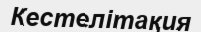
Кестелітақия